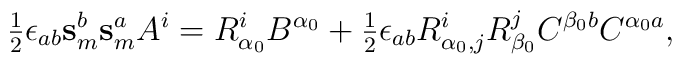
\hbox{$\frac{1}{2}$} \epsilon_{ab} \mathbf{s}_m^b \mathbf{s}_m^a A^i = R^i_{\alpha_0} B^{\alpha_0} +\hbox{$\frac{1}{2}$} \epsilon_{ab}  R^i_{\alpha_0, j} R^j_{\beta_0} C^{\beta_0 b} C^{\alpha_0 a},